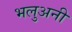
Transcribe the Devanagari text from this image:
भलुअनी